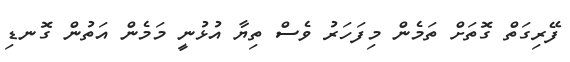
ފޭރިގަތް ގޮތަށް ތަމެން މިފަހަރު ވެސް ތިޔާ އުޅުނީ މަމެން އަތުން ގޮނޑި